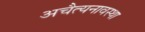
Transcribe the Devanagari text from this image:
अचैत्यनावस्था